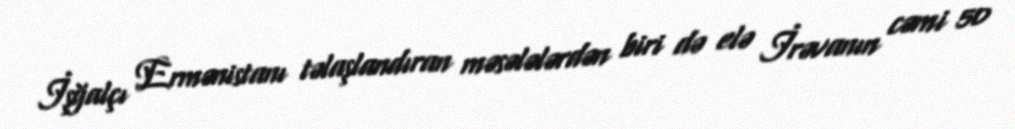
İşğalçı Ermənistanı təlaşlandıran məsələlərdən biri də elə İrəvanın cəmi 50